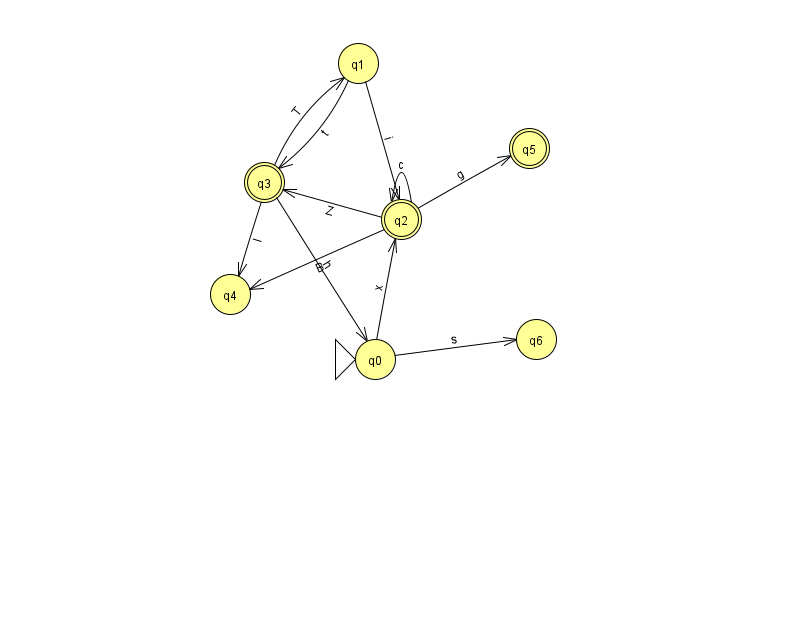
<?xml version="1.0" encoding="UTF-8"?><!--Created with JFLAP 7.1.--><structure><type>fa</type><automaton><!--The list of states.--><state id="0" name="q0"><x>375.0</x><y>346.0</y><initial/></state><state id="1" name="q1"><x>358.0</x><y>50.0</y></state><state id="2" name="q2"><x>401.0</x><y>206.0</y><final/></state><state id="3" name="q3"><x>264.0</x><y>169.0</y><final/></state><state id="4" name="q4"><x>230.0</x><y>281.0</y></state><state id="5" name="q5"><x>529.0</x><y>135.0</y><final/></state><state id="6" name="q6"><x>536.0</x><y>326.0</y></state><!--The list of transitions.--><transition><from>0</from><to>2</to><read>x</read></transition><transition><from>3</from><to>0</to><read>h</read></transition><transition><from>1</from><to>2</to><read>i</read></transition><transition><from>2</from><to>2</to><read>c</read></transition><transition><from>0</from><to>6</to><read>s</read></transition><transition><from>3</from><to>4</to><read>I</read></transition><transition><from>2</from><to>3</to><read>Z</read></transition><transition><from>2</from><to>5</to><read>g</read></transition><transition><from>1</from><to>3</to><read>t</read></transition><transition><from>2</from><to>4</to><read>B</read></transition><transition><from>3</from><to>1</to><read>T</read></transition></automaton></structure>